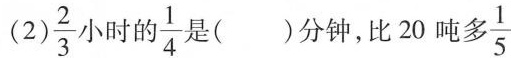
(2)\frac{2}{3}小时的\frac{1}{4}是()分钟，比20吨\frac{1}{5}